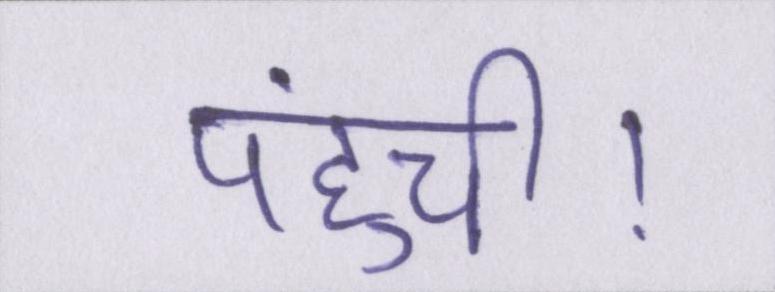
पहुंची।